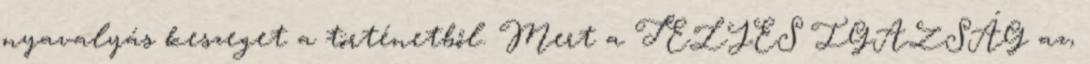
nyavalyás keszeget a történetből. Mert a TELJES IGAZSÁG az,